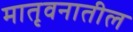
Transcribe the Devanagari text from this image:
मातृवनातील